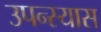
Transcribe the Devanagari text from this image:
उपन्स्यास